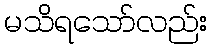
မသိရသော်လည်း